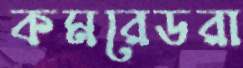
কমরেডরা